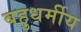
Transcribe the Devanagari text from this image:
बहुधर्मीय